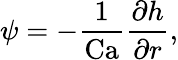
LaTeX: \psi=-\frac{1}{\mathrm{Ca}}\frac{\partial h}{\partial r},